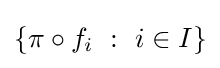
\left\{\pi \circ f_{i}~:~i\in I\right\}